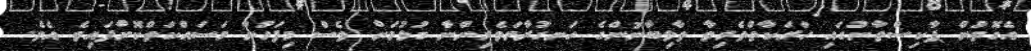
އެގޮތުން ޕާކިސްތާނުގައި ހަރަކާތްތެރިވާ ތާލިބާނުންގެ ހަނގުރާމަވެރިންނާ ގުޅުމަށް ވެސް މިފަހުން މަސައްކަތްކޮށްފައިވެ އެވެ.